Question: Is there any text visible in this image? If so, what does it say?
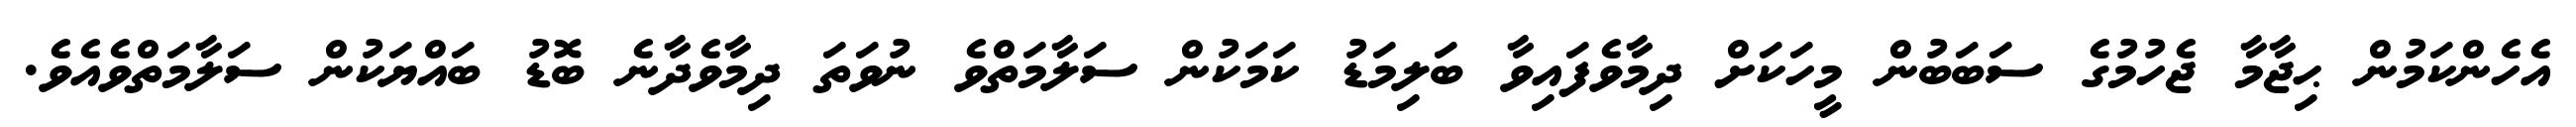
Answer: އެހެންކަމުން ޙިޖާމާ ޖެހުމުގެ ސަބަބުން މީހަކަށް ދިމާވެފައިވާ ބަލިމަޑު ކަމަކުން ސަލާމަތްވެ ނުވަތަ ދިމާވެދާނެ ބޮޑު ބައްޔަކުން ސަލާމަތްވެއެވެ.